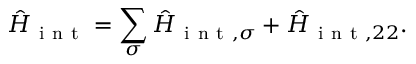
\hat { H } _ { \mathrm { ~ i ~ n ~ t ~ } } = \sum _ { \sigma } \hat { H } _ { \mathrm { ~ i ~ n ~ t ~ } , \sigma } + \hat { H } _ { \mathrm { ~ i ~ n ~ t ~ } , 2 2 } .